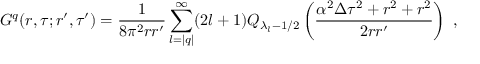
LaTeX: G ^ { q } ( r , \tau ; r ^ { \prime } , \tau ^ { \prime } ) = \frac 1 { 8 \pi ^ { 2 } r r ^ { \prime } } \sum _ { l = | q | } ^ { \infty } ( 2 l + 1 ) Q _ { \lambda _ { l } - 1 / 2 } \left( \frac { \alpha ^ { 2 } \Delta \tau ^ { 2 } + r ^ { 2 } + r ^ { 2 } } { 2 r r ^ { \prime } } \right) \ ,